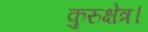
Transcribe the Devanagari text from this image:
कुरुक्षेत्र।